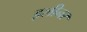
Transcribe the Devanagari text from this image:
इलीनर